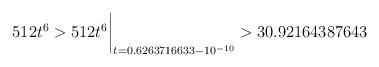
\begin{align*}512 t^6 > 512 t^6\biggr\rvert_{t=0.6263716633 - 10^{-10}} > 30.92164387643 \end{align*}